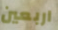
اربعين